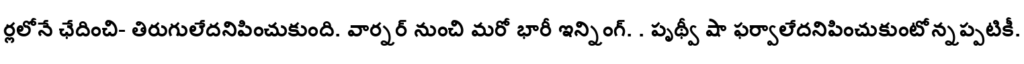
ర్లలోనే ఛేదించి- తిరుగులేదనిపించుకుంది. వార్నర్ నుంచి మరో భారీ ఇన్నింగ్. . పృథ్వీ షా ఫర్వాలేదనిపించుకుంటోన్నప్పటికీ.